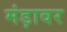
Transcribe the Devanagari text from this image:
मंड़ावर